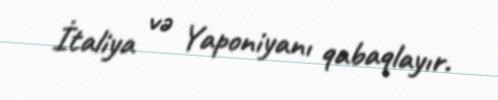
İtaliya və Yaponiyanı qabaqlayır.